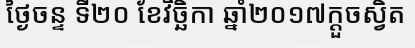
ថ្ងៃចន្ទ ទី២០ ខែវិច្ឆិកា ឆ្នាំ២០១៧ក្តួចស្វិត